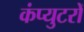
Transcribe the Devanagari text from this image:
कंप्युटरों